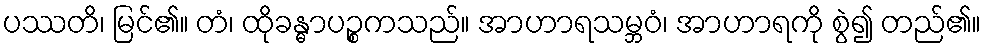
ပဿတိ၊ မြင်၏။ တံ၊ ထိုခန္ဓာပဉ္စကသည်။ အာဟာရသမ္ဘဝံ၊ အာဟာရကို စွဲ၍ တည်၏။